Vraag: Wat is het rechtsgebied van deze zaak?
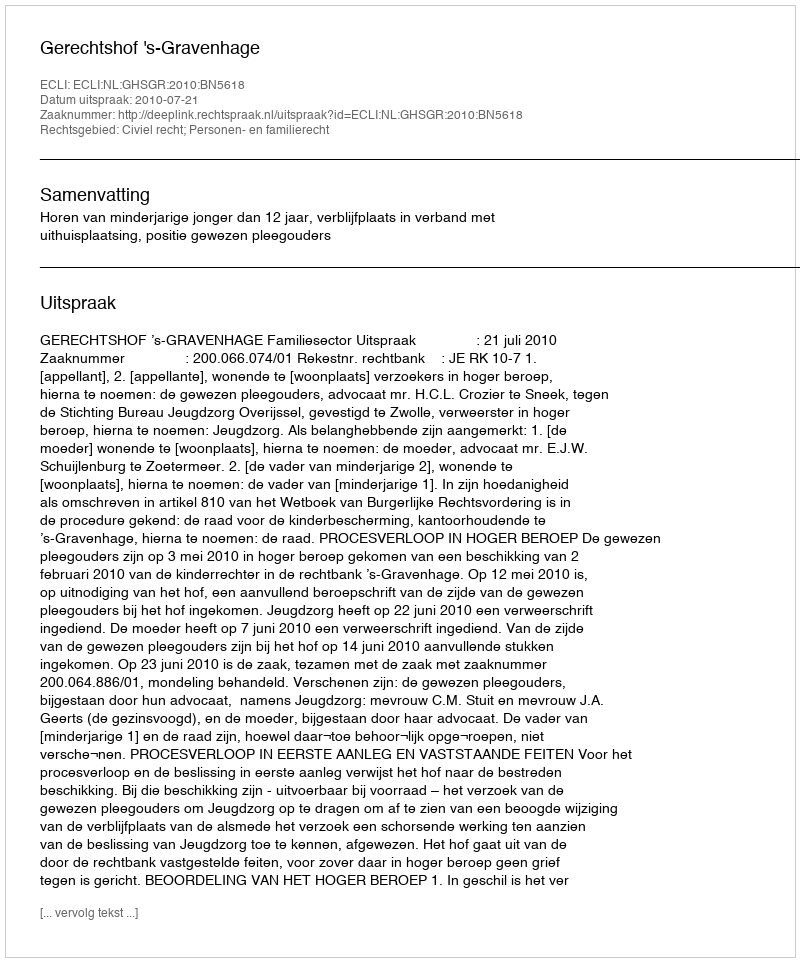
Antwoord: Civiel recht; Personen- en familierecht